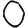
Digit: 0